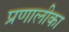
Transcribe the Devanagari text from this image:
प्रणालीका